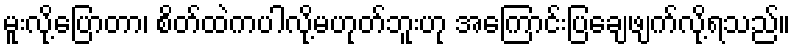
မူးလို့ပြောတာ၊ စိတ်ထဲကပါလို့မဟုတ်ဘူးဟု အကြောင်းပြချေဖျက်လို့ရသည်။